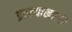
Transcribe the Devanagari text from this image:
इरल्याखाली